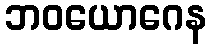
ဘဝယောဂေန